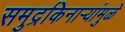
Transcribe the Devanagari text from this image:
समुद्रकिनार्‍यांमुळे